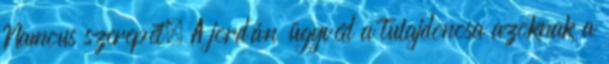
Namous szerepét. A jordán ügyvéd a tulajdonosa azoknak a